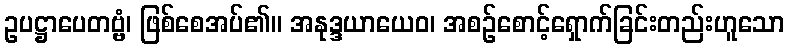
ဥပဋ္ဌာပေတဗ္ဗံ၊ ဖြစ်စေအပ်၏။ အနုဒ္ဒယာယေဝ၊ အစဉ်စောင့်ရှောက်ခြင်းတည်းဟူသော